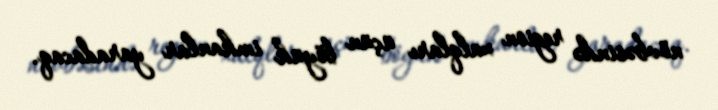
növbəsində region xalqları üçün böyük imkanlar yaradacaq.